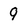
Character: 9